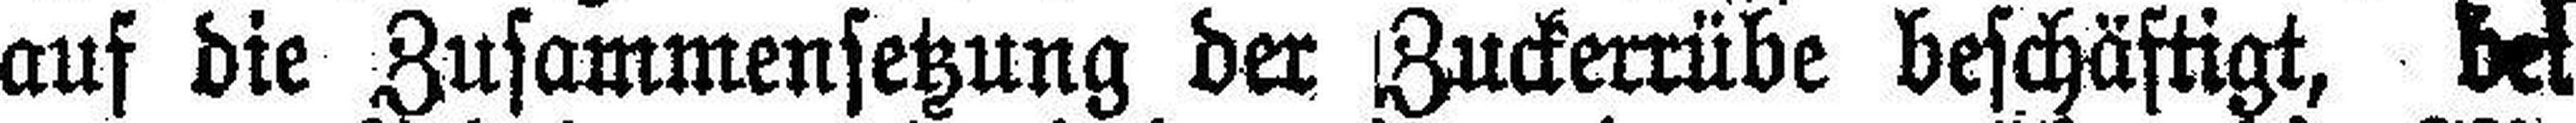
auf die Zusammensetzung der Zuckerrübe beschäftigt, bei